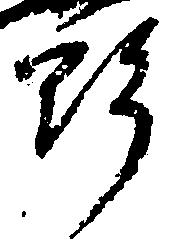
野